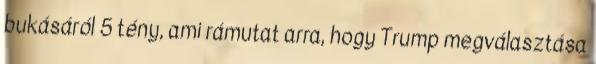
bukásáról 5 tény, ami rámutat arra, hogy Trump megválasztása